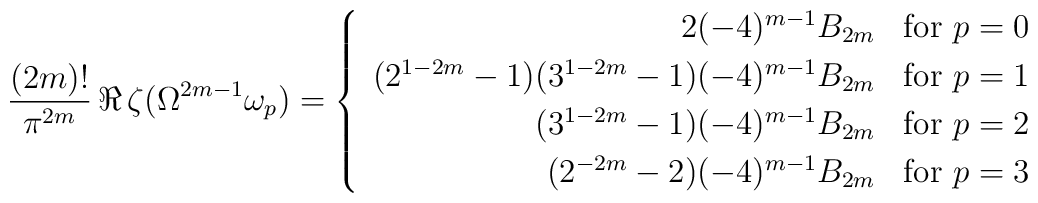
\frac{(2m)!}{\pi^{2m}}\,\Re\,\zeta(\Omega^{2m-1}\omega_p)=\left\{\begin{array}{rrr}2(-4)^{m-1}B_{2m}&\mbox{for }p=0\\[3pt](2^{1-2m}-1)(3^{1-2m}-1)(-4)^{m-1}B_{2m}&\mbox{for }p=1\\[3pt](3^{1-2m}-1)(-4)^{m-1}B_{2m}&\mbox{for }p=2\\[3pt](2^{-2m}-2)(-4)^{m-1}B_{2m}&\mbox{for }p=3\end{array}\right.